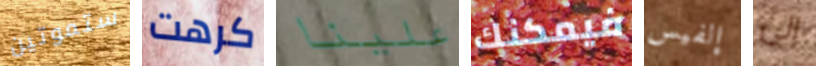
ستموتين كرهت علينا فيمكنك إلفيس إلى